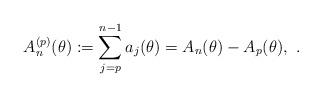
LaTeX: \begin{align*}A_n^{(p)}(\theta):= \sum_{j=p}^{n-1} a_j(\theta) = A_n(\theta) - A_p(\theta),\ .\end{align*}